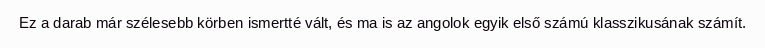
Ez a darab már szélesebb körben ismertté vált, és ma is az angolok egyik első számú klasszikusának számít.